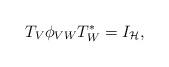
LaTeX: \begin{align*} T_{V}\phi_{VW}T^{*}_{W}=I_{\mathcal{H}} ,\end{align*}